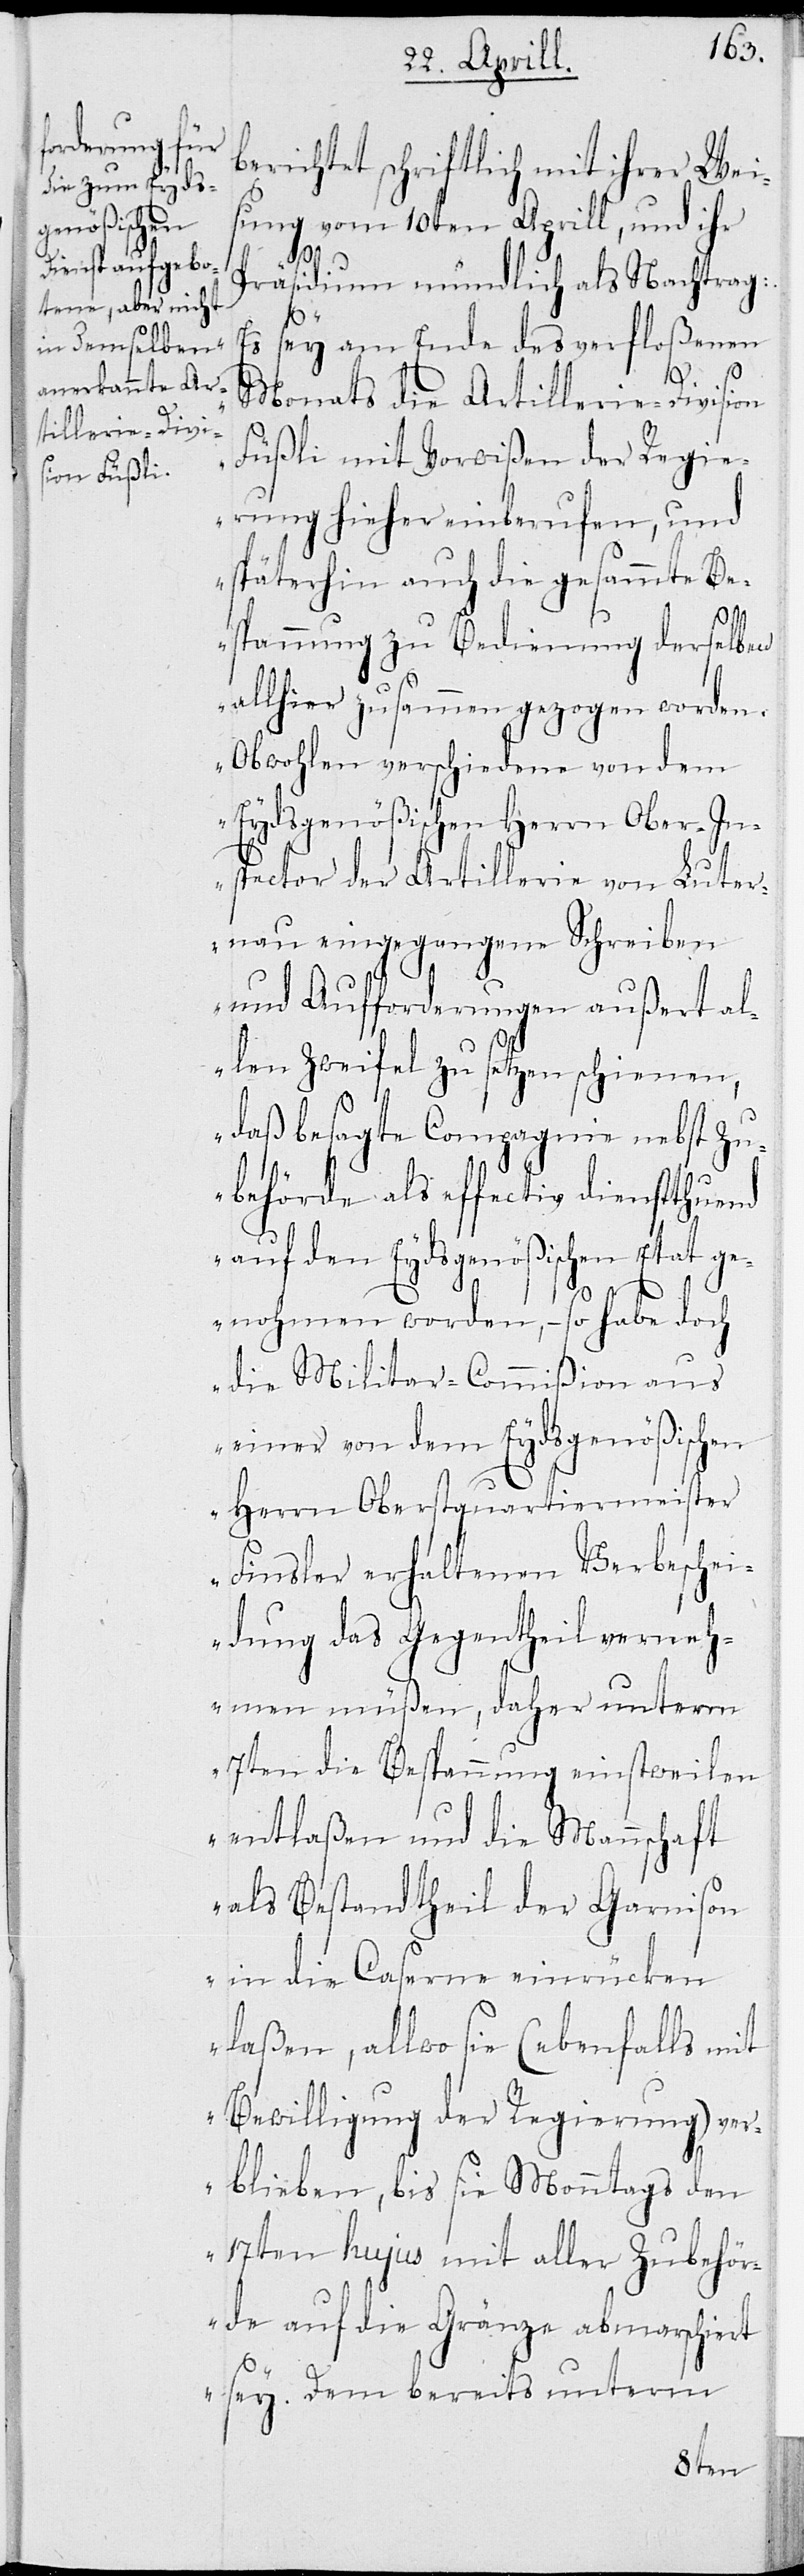
berichtet schriftlich mit ihrer Wei¬
sung vom 10ten Aprill, und ihr
Präsidium mündlich als Nachtrag:
sey am Ende des verfloßenen
Moments die Artillerie-Division
Füßli mit Vorwißen der Regie¬
rung hieher einberufen, und
späterhin auch die gesammte Be¬
spannung zu Bedienung derselben
allhier zusammengezogen worden.
Obwohl verschiedene von dem
Eydsgenößischen Herrn Ober-In¬
spector der Artillerie von Luter¬
nau eingegangene Schreiben
und Aufforderungen außert al¬
le Zweifel zu setzen schienen,
daß besagte Compagnie nebst Zu¬
behörde als effectiv dienstthuend
auf den Eydsgenößischen Etat ge¬
nohmen worden, – so habe doch
die Militar-Commißion aus
einer von dem Eydsgenößischen
Herrn Oberstquartiermeister
Finsler erhaltenen Verbeschei¬
dung das Gegentheil verneh¬
men müßen, daher unterm
7ten die Bespannung einstweilen
entlaßen und die Mannschaft
als Bestandtheil der Garnison
in die Caserne einrücken
laßen, allwo sie (ebenfalls mit
Bewilligung der Regierung) ver¬
blieben, bis sie Monntags den
17ten hujus mit aller Zubehö¬
rde auf die Gränze abmarschiert
sey. Dem bereits unterm